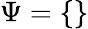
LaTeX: \Psi=\{ \}